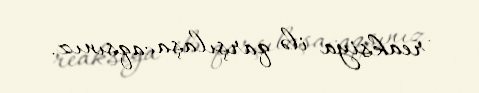
reaksiya ilə qarşılaşacaqsınız.